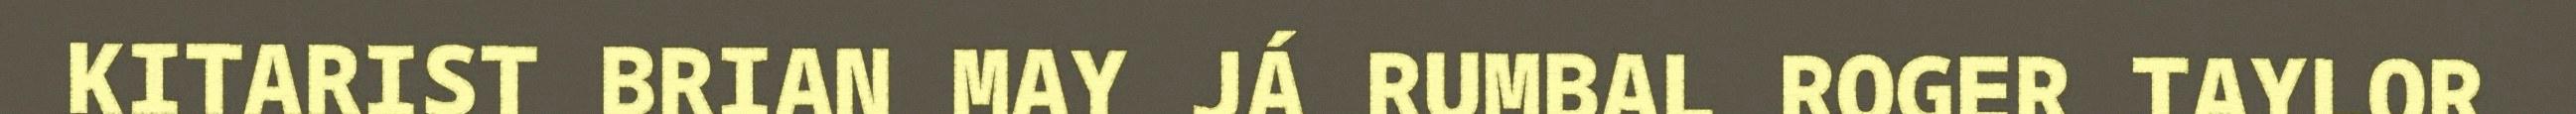
KITARIST BRIAN MAY JÁ RUMBAL ROGER TAYLOR